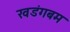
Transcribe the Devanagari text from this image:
खडंगबम